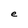
Character: e